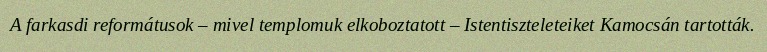
A farkasdi reformátusok – mivel templomuk elkoboztatott – Istentiszteleteiket Kamocsán tartották.